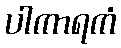
ပါကာရကံ